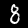
Digit: 8